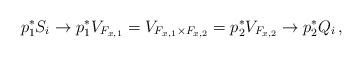
LaTeX: \begin{align*}p_1^*S_i \to p_1^*V_{F_{x,1}}=V_{F_{x,1}\times F_{x,2}}= p_2^*V_{F_{x,2}} \to p_2^*Q_i\,,\end{align*}